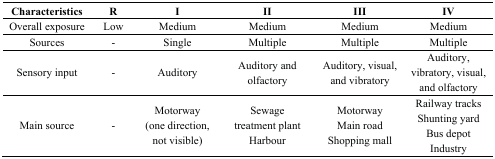
<table><thead><tr><td><b>Characteristics</b></td><td><b>R</b></td><td><b>I</b></td><td><b>II</b></td><td><b>III</b></td><td><b>IV</b></td></tr></thead><tbody><tr><td>Overall exposure</td><td>Low</td><td>Medium</td><td>Medium</td><td>Medium</td><td>Medium</td></tr><tr><td>Sources</td><td>-</td><td>Single</td><td>Multiple</td><td>Multiple</td><td>Multiple</td></tr><tr><td>Sensory input</td><td>-</td><td>Auditory</td><td>Auditory and olfactory</td><td>Auditory, visual, and vibratory</td><td>Auditory, vibratory, visual, and olfactory</td></tr><tr><td>Main source</td><td>-</td><td>Motorway (one direction, not visible)</td><td>Sewage treatment plant Harbour</td><td>Motorway Main road Shopping mall</td><td>Railway tracks Shunting yard Bus depot Industry</td></tr></tbody></table>